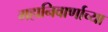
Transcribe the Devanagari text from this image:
महानिवार्णाच्या